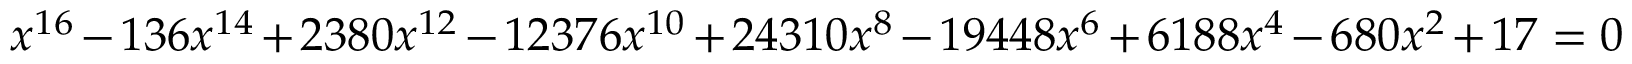
x ^ { 1 6 } - 1 3 6 x ^ { 1 4 } + 2 3 8 0 x ^ { 1 2 } - 1 2 3 7 6 x ^ { 1 0 } + 2 4 3 1 0 x ^ { 8 } - 1 9 4 4 8 x ^ { 6 } + 6 1 8 8 x ^ { 4 } - 6 8 0 x ^ { 2 } + 1 7 = 0